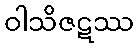
ဝါသိဇဋဿ